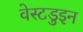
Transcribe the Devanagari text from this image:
वेस्टडुइन